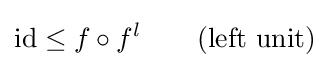
{\mbox{id}}\leq f\circ f^{l}\qquad {\mbox{(left unit)}}